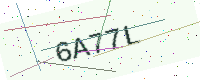
Text: 6A77L